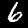
Digit: 6